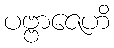
ပဗ္ဗာဇေဟိ